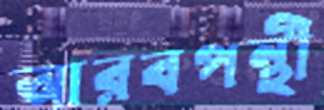
আরবপন্থী